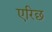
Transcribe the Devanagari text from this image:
एरिछ